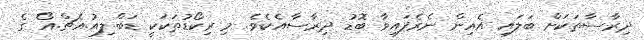
ދިރާސާތަކަށް ބަލައި އެއިން ނެރެފައިވާ ބޮޑު ދިރާސާއެކެވެ. މި ރިކޯޑުތަކަކީ ޑަބް.ލިއު.އެޗް.އޯ ގެ